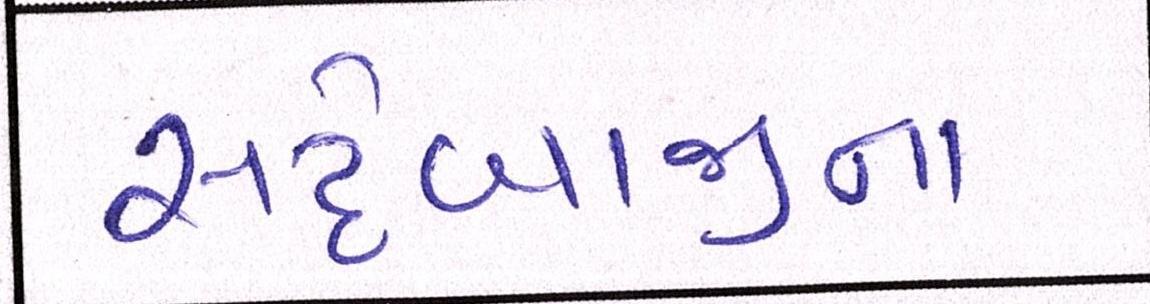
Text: સટ્ટેબાજીના